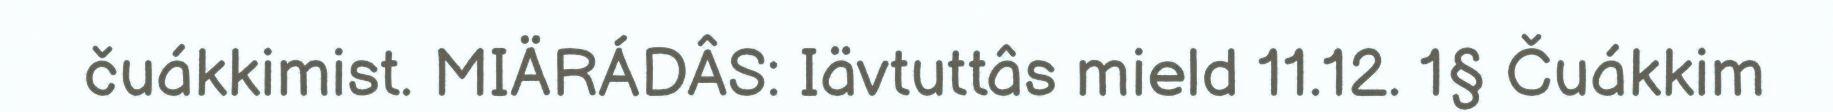
čuákkimist. MIÄRÁDÂS: Iävtuttâs mield 11.12. 1§ Čuákkim